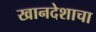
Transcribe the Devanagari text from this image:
खानदेशाचा